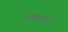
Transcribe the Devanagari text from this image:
प्रेमतत्वों